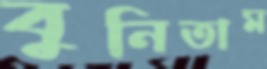
বুনিতাম